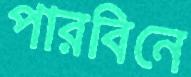
পারবিনে